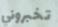
تخبروني